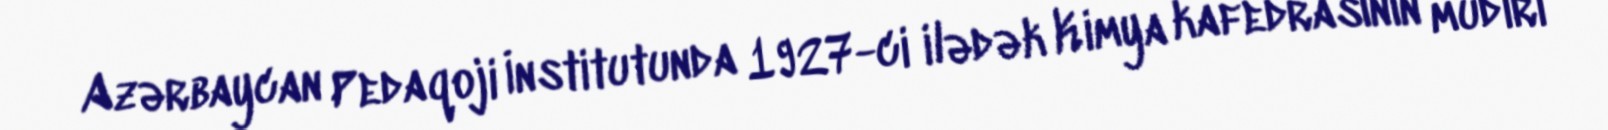
Azərbaycan Pedaqoji İnstitutunda 1927-ci ilədək Kimya kafedrasının müdiri